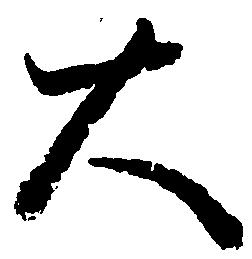
大